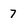
Character: 7